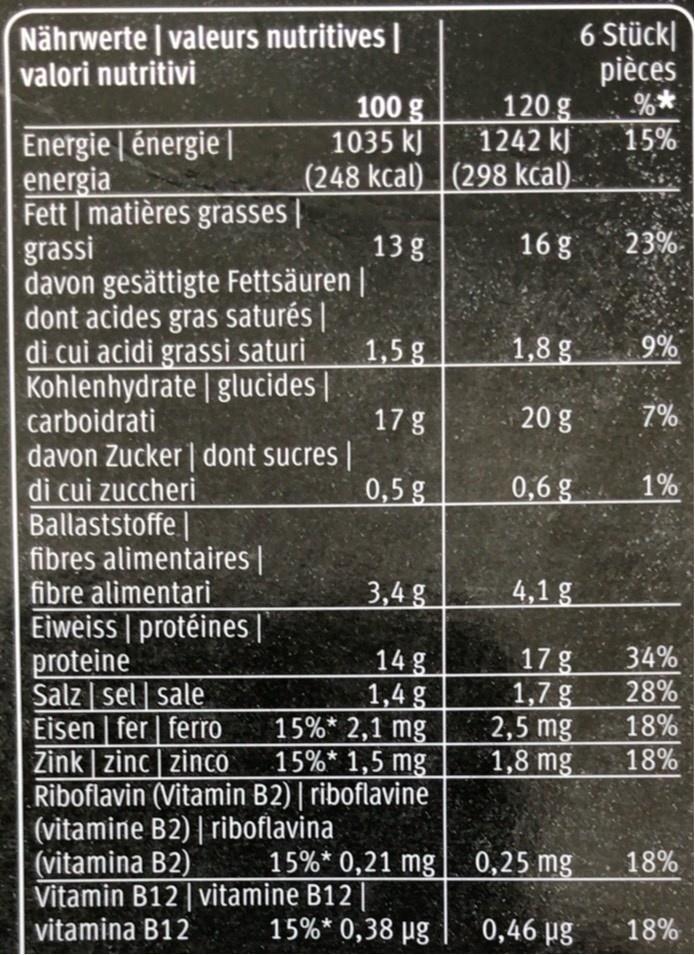
Nährwerte | valeurs nutritives | valori nutritivi
6 Stück| pièces
100 g 1035 k) (248 kcal) |(298 kčal).
120 g 1242 kj
15%
Energie | énergie | energia Fett | matières grasses | grassi davon gesättigte Fettsäuren | dont acides gras saturés | di cui acidi grassi saturi Kohlenhydrate | glucides | carboidrati davon Zucker | dont sucres | di cui zuccheri Ballaststoffe | fibres alimentaires | fibre alimentari Eiweiss | protéines proteine Salz | sel | sale Eisen | fer | ferro Zink | zinc | zinCÓ Riboflavin (Vitamin B2) | riboflavine (vitamine B2) | riboflavina (vitamina B2) Vitamin B12 | vitamine B12 | vitamina B12
13 g
16 g
23%
1,5 g
1,8 g
9%
17 g
20 g
7%
0,5 g
0,6 g
1%
3,4 g
4,1 g
14 g 1,4 g 15%* 2,1 mg 15%* 1,5 mg
17g 1,7 g 2,5 mg 1,8 mg
34% 28% 18% 18%
15%* 0,21 mg| 0,25 mg
18%
15%* 0,38 µg
0,46 µg
18%